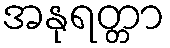
အနုရတ္တာ